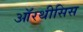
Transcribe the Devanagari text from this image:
ऑरथीसिस